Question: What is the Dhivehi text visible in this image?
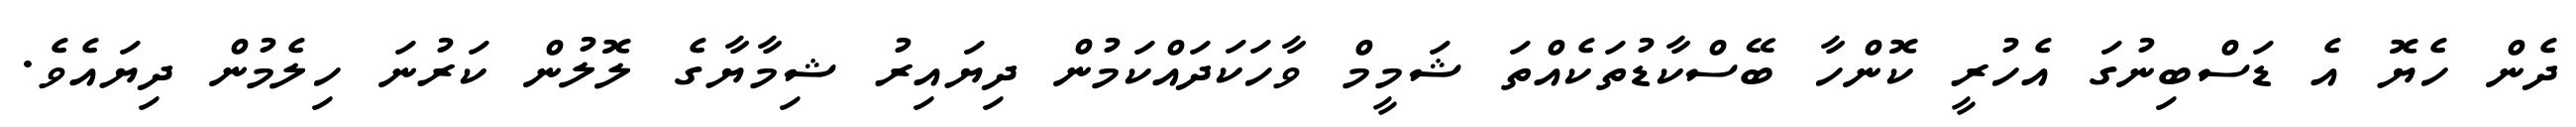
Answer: ދެން ހެޔޮ އެ ޑަސްބިނުގަ އެހުރީ ކޮންހާ ބޭސްކާޑުތަކެއްތަ ޝަމީމް ވާހަކަދައްކަމުން ދިޔައިރު ޝިމާޔާގެ ލޮލުން ކަރުނަ ހިލެމުން ދިޔައެވެ.